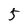
Character: 5